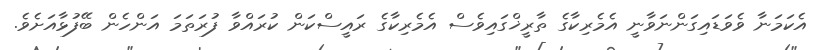
އެކަމަނާ ވެވަޑައިގަންނަވާނީ އެމެރިކާގެ ތާރީޚްގައިވެސް އެމެރިކާގެ ރައީސްކަން ކުރައްވާ ފުރަތަމަ އަންހެން ބޭފުޅާއަށެވެ.